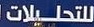
للتحليلات